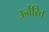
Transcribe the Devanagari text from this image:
ऊर्वरित